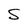
Character: S